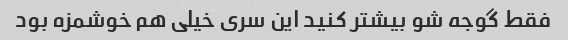
فقط گوجه شو بیشتر کنید این سری خیلی هم خوشمزه بود